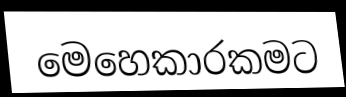
මෙහෙකාරකමට